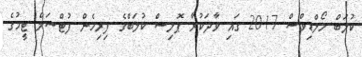
ކުލަބް މޯލްޑިވްސް 2017 ގައި ވާދަކުރާ ޕޮލިސް ކުލަބްގެ ފިރިހެން ފުޓްސަލް ޓީމުގެ